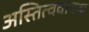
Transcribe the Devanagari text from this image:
अस्तित्ववाचक